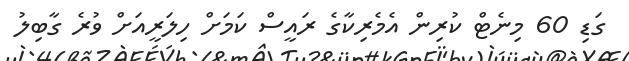
ގަޑި 60 މިނެޓް ކުރިން އެެމެރިކާގެ ރައީސް ކަމަށް ހިލަރީއަށް ވުރެ ގާބިލު